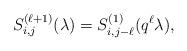
LaTeX: \begin{align*}S^{(\ell+1)}_{i,j}(\lambda)=S^{(1)}_{i,j-\ell}(q^{\ell} \lambda),\end{align*}